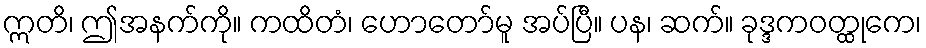
ဣတိ၊ ဤအနက်ကို။ ကထိတံ၊ ဟောတော်မူ အပ်ပြီ။ ပန၊ ဆက်။ ခုဒ္ဒကဝတ္ထုကေ၊